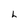
Character: L